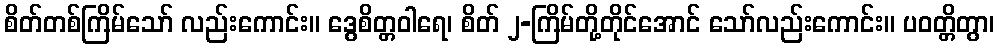
စိတ်တစ်ကြိမ်သော် လည်းကောင်း။ ဒွေစိတ္တဝါရေ၊ စိတ် ၂-ကြိမ်တို့တိုင်အောင် သော်လည်းကောင်း။ ပဝတ္တိတွာ၊